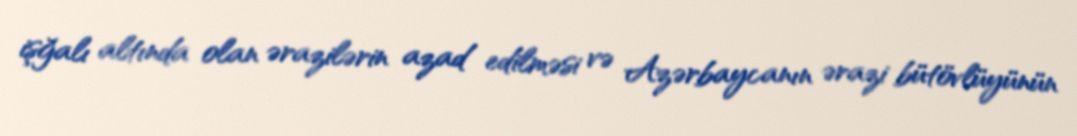
işğalı altında olan ərazilərin azad edilməsi və Azərbaycanın ərazi bütövlüyünün